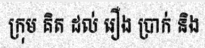
ក្រុម គិត ដល់ រឿង ប្រាក់ និង